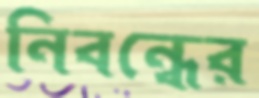
নিবন্ধের